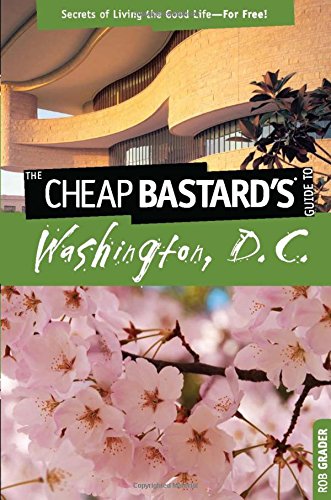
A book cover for Cheap Bastard's(TM) Guide to Washington, D.C.: Secrets Of Living The Good Life--For Free!; Rob Grader; Travel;